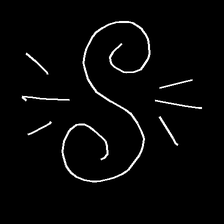
Glyph: wind-directs-air